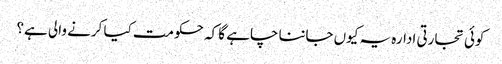
کوئی تجارتی ادارہ یہ کیوں جاننا چاہے گا کہ حکومت کیا کرنے والی ہے؟